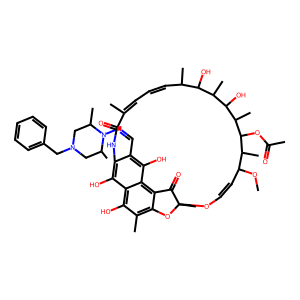
SMILES: COC1C=COC2(C)Oc3c(C)c(O)c4c(O)c(c(C=NN5C(C)CN(Cc6ccccc6)CC5C)c(O)c4c3C2=O)NC(=O)C(C)=CC=CC(C)C(O)C(C)C(O)C(C)C(OC(C)=O)C1C
Inhibits HIV replication: No